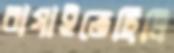
বাগাইতেছিলি